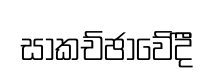
සාකච්ඡාවේදීි